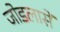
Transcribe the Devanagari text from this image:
जोडलासें